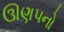
ઊણપનો